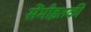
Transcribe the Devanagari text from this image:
सेंमीइतकी